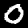
Digit: 0